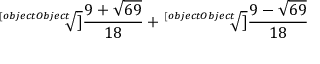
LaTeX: { \sqrt [ [object Object] ] { \frac { 9 + { \sqrt { 6 9 } } } { 1 8 } } } + { \sqrt [ [object Object] ] { \frac { 9 - { \sqrt { 6 9 } } } { 1 8 } } }